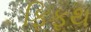
ફિફથ